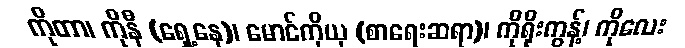
ကိုတာ၊ ကိုနီ (ရှေ့နေ)၊ မောင်ကိုယု (စာရေးဆရာ)၊ ကိုရိုးကွန့်၊ ကိုလေး